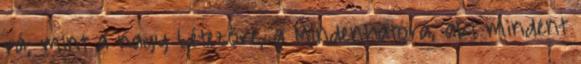
rá, mint a nagy Létezőre, a Mindenhatóra, aki mindent